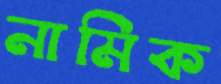
নামিক